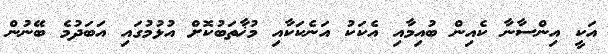
އަކީ އިންސާނާ ކެއިން ބުއިމާއި އެކަކު އަނެކަކާއި މުޚާތަބުކޮށް އުޅުމުގައި އަބަދުމެ ބޭނުން